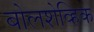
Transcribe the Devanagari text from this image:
बोलशेव्हिक